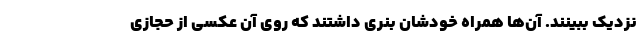
نزدیک ببینند. آن‌ها همراه خودشان بنری داشتند که روی آن عکسی از حجازی